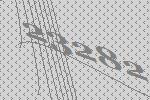
23282